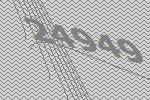
24949